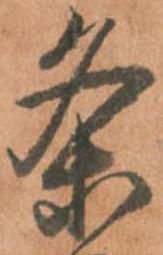
条